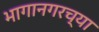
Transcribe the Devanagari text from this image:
भागानगरच्या